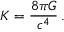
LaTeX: K = { \frac { 8 \pi G } { c ^ { 4 } } } \, .